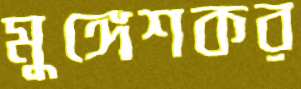
মুঙ্গেশকর